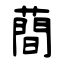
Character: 蕳